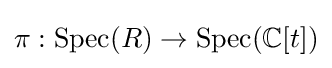
\pi :\operatorname {Spec} (R)\to \operatorname {Spec} (\mathbb {C} [t])